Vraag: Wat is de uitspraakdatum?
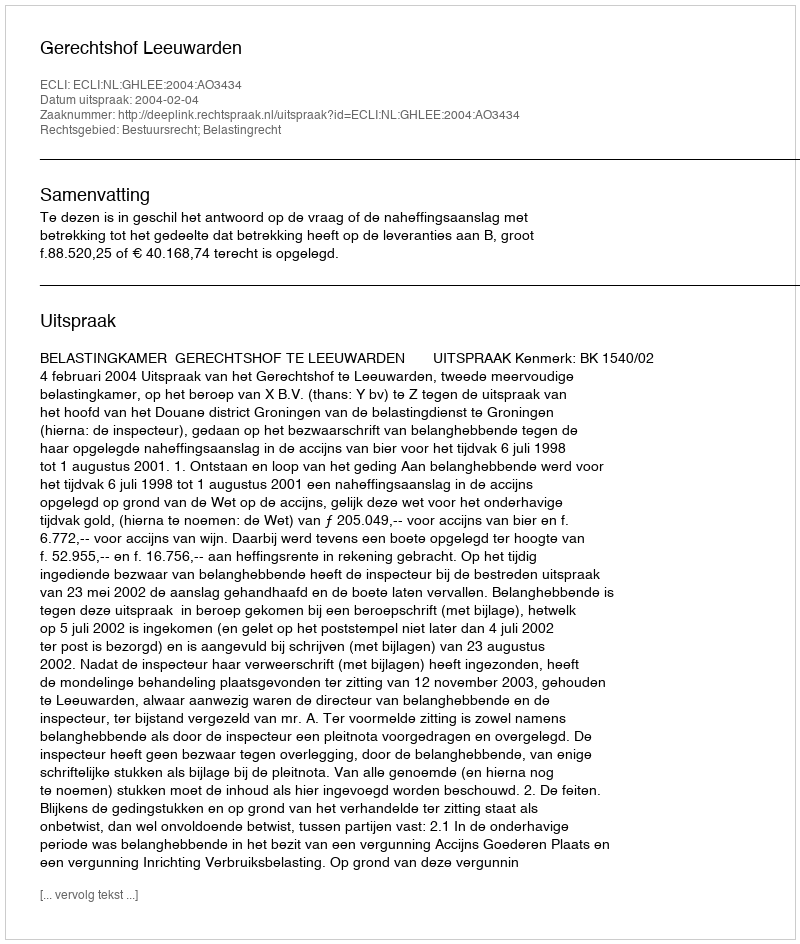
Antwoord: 2004-02-04